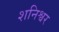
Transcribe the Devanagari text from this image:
शनिश्वर